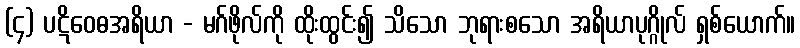
(၄) ပဋိဝေဓအရိယာ - မဂ်ဖိုလ်ကို ထိုးထွင်း၍ သိသော ဘုရားစသော အရိယာပုဂ္ဂိုလ် ရှစ်ယောက်။